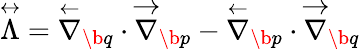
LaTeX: \overset\leftrightarrow{\Lambda}=\overset\leftarrow{\nabla}_{\b{q}}\cdot\overset\rightarrow{\nabla}_{\b{p}}-\overset\leftarrow{\nabla}_{\b{p}}\cdot\overset\rightarrow{\nabla}_{\b{q}}